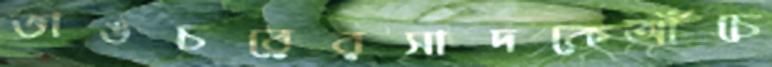
ভাঙচরেরসাদকেআঁচে